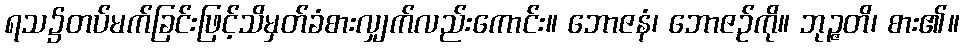
ရသ၌တပ်မက်ခြင်းဖြင့်သိမှတ်ခံစားလျှက်လည်းကောင်း။ ဘောဇနံ၊ ဘောဇဉ်ကို။ ဘုဉ္ဇတိ၊ စား၏။